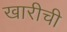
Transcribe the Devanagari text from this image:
खारीची